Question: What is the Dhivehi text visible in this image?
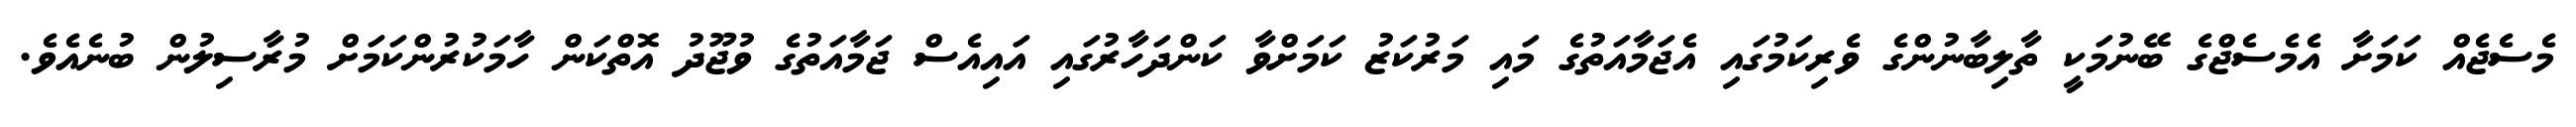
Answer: މެސެޖެއް ކަމަށާ އެމެސެޖްގެ ބޭނުމަކީ ތާލިބާނުންގެ ވެރިކަމުގައި އެޖަމާއަތުގެ މައި މަރުކަޒު ކަމަށްވާ ކަންދަހާރުގައި އައިއެސް ޖަމާއަތުގެ ވުޖޫދު އޮތްކަން ހާމަކުރުންކަމަށް މުރާސިލުން ބުނެއެވެ.